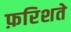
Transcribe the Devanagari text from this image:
फ़रिशते